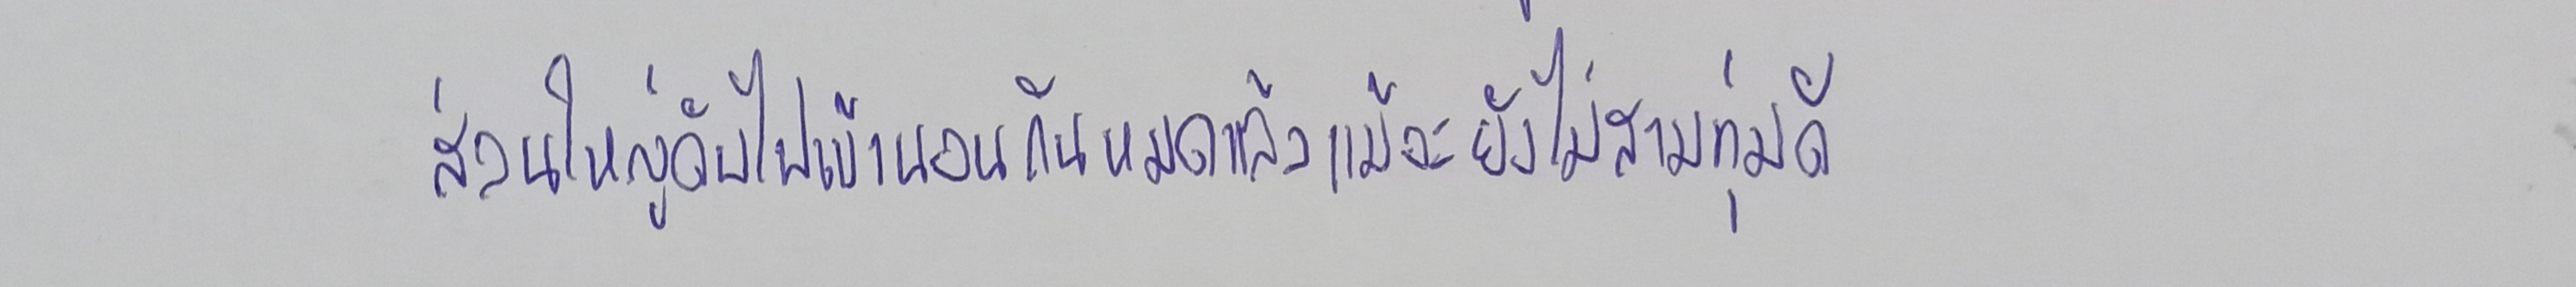
ส่วนใหญ่ดับไฟเข้านอนกันหมดแล้วแม้จะยังไม่สามทุ่มดี